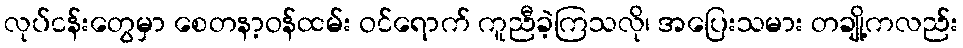
လုပ်ငန်းတွေမှာ စေတနာ့ဝန်ထမ်း ဝင်ရောက် ကူညီခဲ့ကြသလို၊ အပြေးသမား တချို့ကလည်း